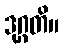
ဒုဂ္ဂတိ။